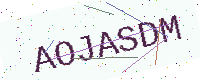
Text: AOJASDM